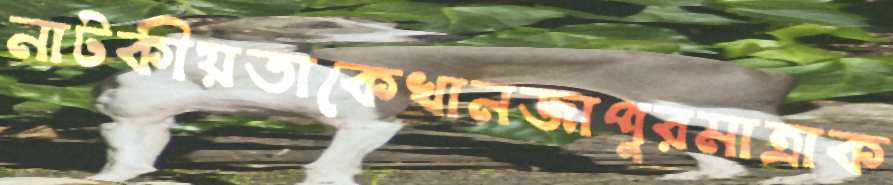
নাটকীয়তাকেখানজাপুরমাত্রাক